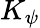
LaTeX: K_{\psi}